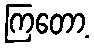
ကြတော့